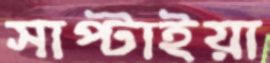
সাপ্‌টাইয়া